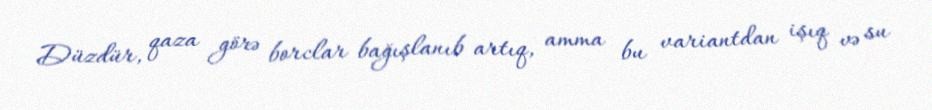
Düzdür, qaza görə borclar bağışlanıb artıq, amma bu variantdan işıq və su